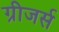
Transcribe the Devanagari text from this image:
ग्रीजर्स